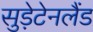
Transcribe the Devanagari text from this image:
सुड़ेटेनलैंड